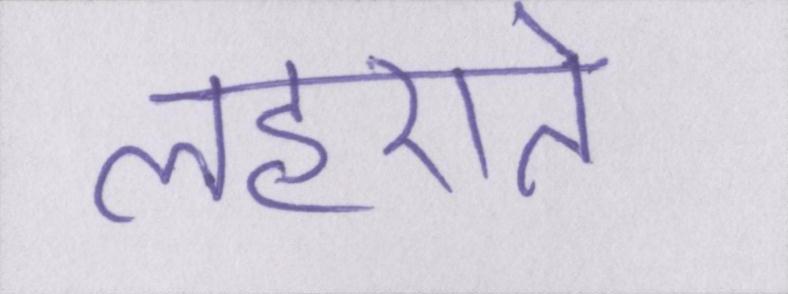
लहराते